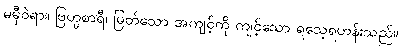
မမှီဝဲရာ။ ဗြဟ္မစာရီ၊ မြတ်သော အကျင့်ကို ကျင့်သော ရသေ့ရဟန်းသည်။